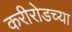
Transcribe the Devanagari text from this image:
करीरोडच्या